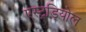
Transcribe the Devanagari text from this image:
एस्ट्रडियोल